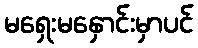
မရှေးမနှောင်းမှာပင်